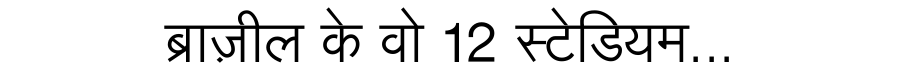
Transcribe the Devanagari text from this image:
ब्राज़ील के वो 12 स्टेडियम...